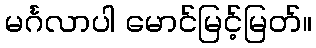
မင်္ဂလာပါ မောင်မြင့်မြတ်။